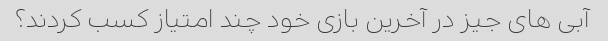
آبی های جیز در آخرین بازی خود چند امتیاز کسب کردند؟